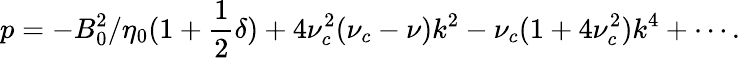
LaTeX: p=-B_{0}^{2}/\eta_{0}(1+\frac{1}{2}\delta)+4\nu_{c}^{2}(\nu_{c}-\nu)k^{2}-\nu_{c}(1+4\nu_{c}^{2})k^{4}+\cdots.